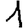
Digit: 1